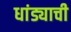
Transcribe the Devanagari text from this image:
धांड्याची